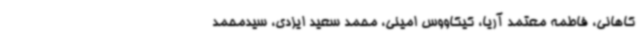
کاهانی، فاطمه معتمد آریا، کیکاووس امینی، محمد سعید ایزدی، سیدمحمد